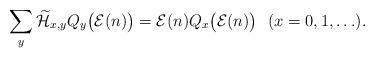
LaTeX: \begin{align*} \sum_{y}\widetilde{\mathcal{H}}_{x,y}Q_y\bigl(\mathcal{E}(n)\bigr) =\mathcal{E}(n)Q_x\bigl(\mathcal{E}(n)\bigr) \ \ (x=0,1,\ldots).\end{align*}